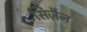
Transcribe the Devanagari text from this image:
सिज़ैन